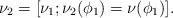
LaTeX: \begin{align*}\nu_2=[\nu_1;\nu_2(\phi_1)=\nu(\phi_1)].\end{align*}